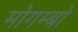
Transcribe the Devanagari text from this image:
मोगम्बो